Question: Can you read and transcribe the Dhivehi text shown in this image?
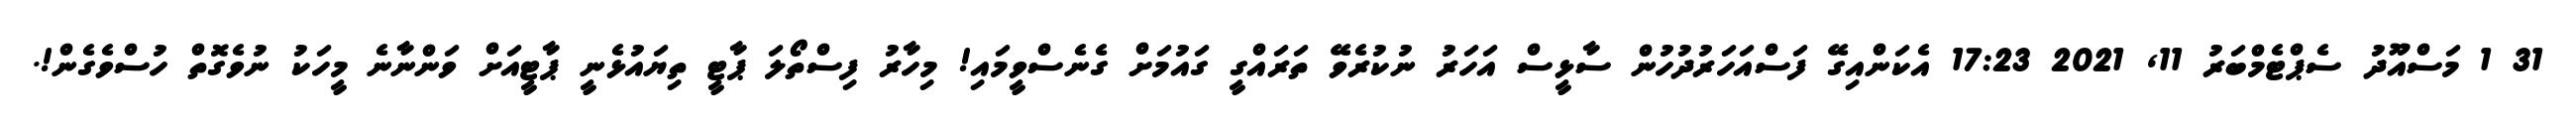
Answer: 31 1 މަސްއޫދު ސެޕްޓެމްބަރު 11, 2021 17:23 އެކަންއިގޭ ފަސްއަހަރުދުހުން ސާޅީސް އަހަރު ނުކުރެވޭ ތަރައްގީ ގައުމަށް ގެނެސްވީމައި! މިހާރު ފިސްތޯލަ ޕާޓީ ތިޔައުޅެނީ ޕާޓީއަށް ވަންނާނެ މީހަކު ނުވެގޮތް ހުސްވެގެން!.